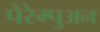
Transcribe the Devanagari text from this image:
पेरेम्पुअन